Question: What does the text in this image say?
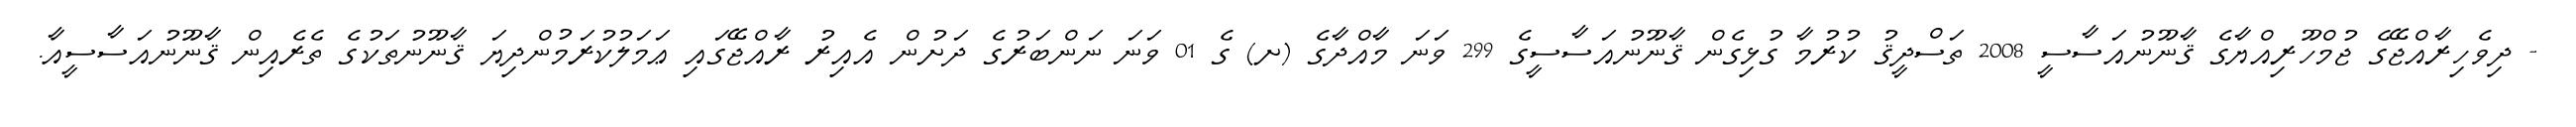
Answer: - ދިވެހިރާއްޖޭގެ ޖުމްހޫރިއްޔާގެ ޤާނޫނުއަސާސީ 2008 ތަސްދީޤު ކުރުމާ ގުޅިގެން ޤާނޫނުއަސާސީގެ 299 ވަނަ މާއްދާގެ (ށ) ގެ 01 ވަނަ ނަންބަރުގެ ދަށުން އެއިރު ރާއްޖޭގައި ޢަމަލުކުރަމުންދިޔަ ޤާނޫނުތަކުގެ ތެރެއިން ޤާނޫނުއަސާސީއާ.